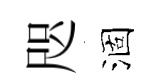
咫涸